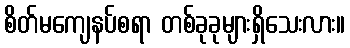
စိတ်မကျေနပ်စရာ တစ်ခုခုများရှိသေးလား။